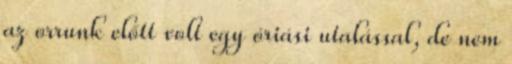
az orrunk előtt volt egy óriási utalással, de nem